Scottish Leaving Certificate Examination, 1961
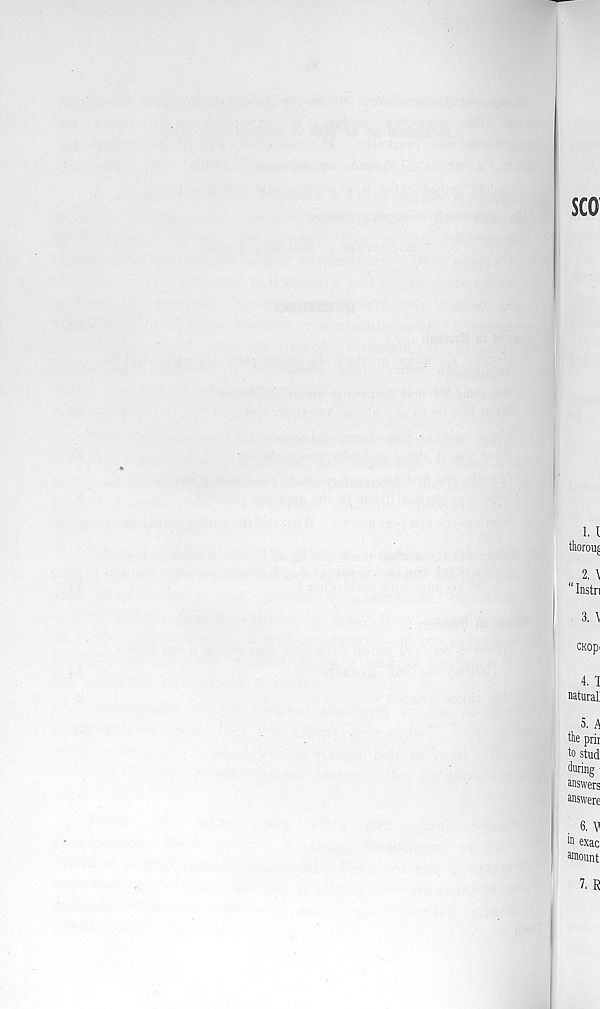
SCO
1.1
thorouj
„ 2 ' ^
" Instn
3. \
CKOpi
4. 1
natural
5. A
the pdi
to stud
during ■
answers
answers
6. V
h> exac
amount
7. R